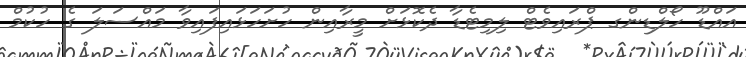
އައްޑޫ ހޯލްޑިންގ ޕްރައިވެޓް ލިމިޓެޑާ ދެކޮޅަށް މީރާއިން ހުށަހަޅައިފައިވާ މައްސަލަ ގެ ހުކުމް